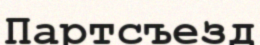
Партсъезд